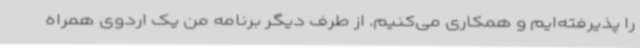
را پذیرفته‌ایم و همکاری می‌کنیم. از طرف دیگر برنامه من یک اردوی همراه